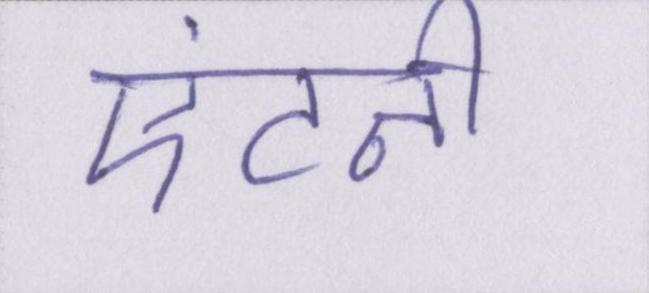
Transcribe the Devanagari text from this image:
एंटनी